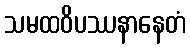
သမထဝိပဿနာနေတံ